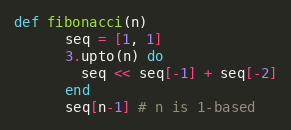
Language: Ruby
def fibonacci(n)
      seq = [1, 1]
      3.upto(n) do
        seq << seq[-1] + seq[-2]
      end
      seq[n-1] # n is 1-based